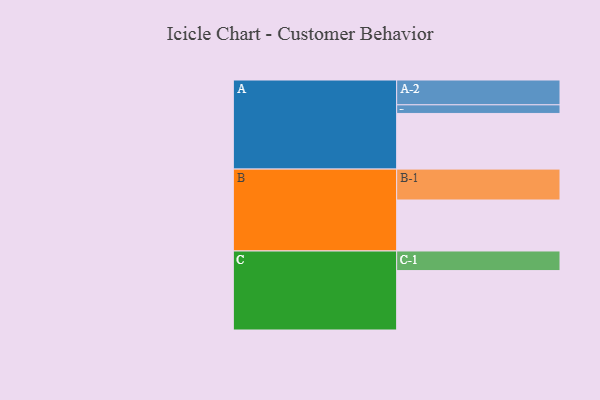
{"axis": {"x": "Segment", "y": "Value"}, "legend": ["", "A", "B", "C"], "data": [{"x": "A", "y": 502, "type": ""}, {"x": "B", "y": 460, "type": ""}, {"x": "C", "y": 536, "type": ""}, {"x": "A-1", "y": 78, "type": "A"}, {"x": "A-2", "y": 224, "type": "A"}, {"x": "B-1", "y": 279, "type": "B"}, {"x": "C-1", "y": 177, "type": "C"}]}